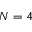
N = 4